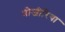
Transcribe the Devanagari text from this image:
प्रोजीरिया